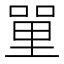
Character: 𠹈